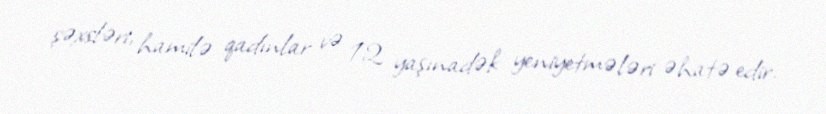
şəxsləri, hamilə qadınlar və 12 yaşınadək yeniyetmələri əhatə edir.